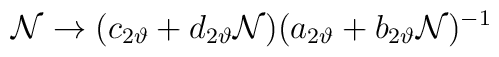
{\cal N} \rightarrow (c_{2\vartheta} + d_{2\vartheta}{\cal N})(a_{2\vartheta} + b_{2\vartheta}{\cal N} )^{-1}